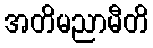
အတိမညာမီတိ